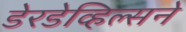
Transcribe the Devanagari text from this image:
डेरडेव्हिल्सने